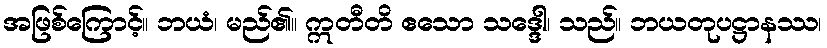
အဖြစ်ကြောင့်။ ဘယံ၊ မည်၏။ ဣတီတိ ဧသော သဒ္ဒေါ၊ သည်။ ဘယတုပဋ္ဌာနဿ၊